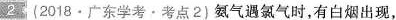
2(2018·广东学考·考点2)氨气遇氯气时，有白烟出现，